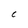
Character: C